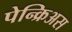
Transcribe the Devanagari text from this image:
पेन्क्रिअस